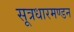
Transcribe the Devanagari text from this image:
सूत्रधारमण्डन